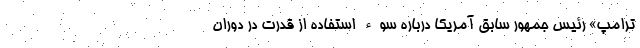
ترامپ» رئیس جمهور سابق آمریکا درباره سوء استفاده از قدرت در دوران